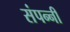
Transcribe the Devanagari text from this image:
संपन्नी